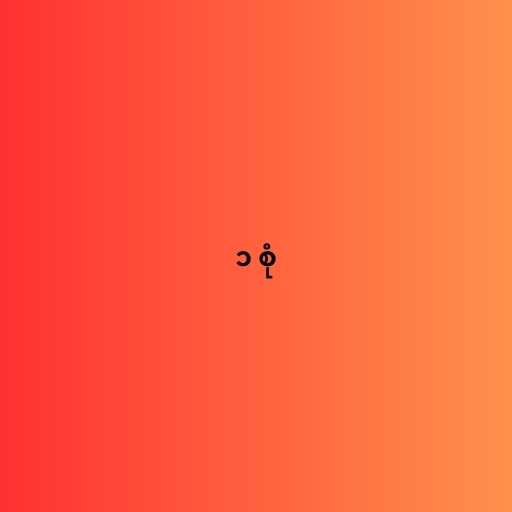
၁ စုံ